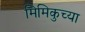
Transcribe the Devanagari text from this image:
मिमिकुच्या